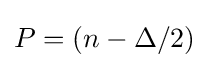
P=(n-\Delta /2)